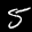
Label: 5